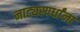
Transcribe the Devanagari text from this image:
नाट्यस्पर्धांना